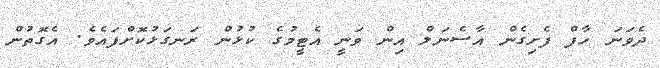
ދެވަނަ ހާފް ފެށިގެން އާސެނަލް އިން ވަނީ އެޓީމުގެ ކުޅުން ރަނގަޅުކޮށްފައެވެ. އެގޮތުން